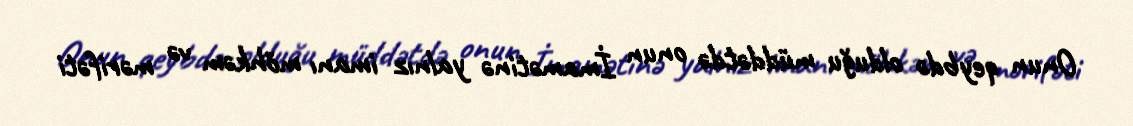
Onun qeybdə olduğu müddətdə onun İmamətinə yalnız imanı möhkəm və mərifəti